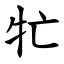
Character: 牤